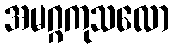
အမဂ္ဂကုသလော